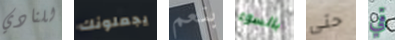
للنادي يجعلونك بنعم بالسوء حتى في